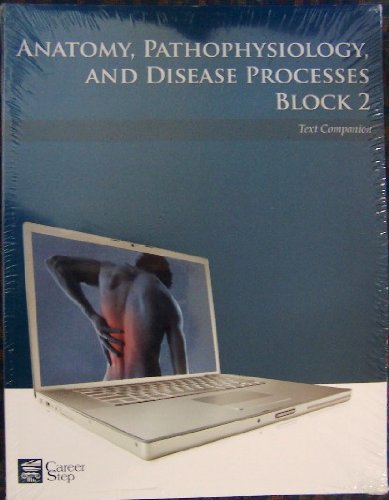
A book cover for Anatomy, Pathophysiology, and Disease Processes, Block Two (Career Step: Medical Transcription Editor Program Companion); Medical Books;